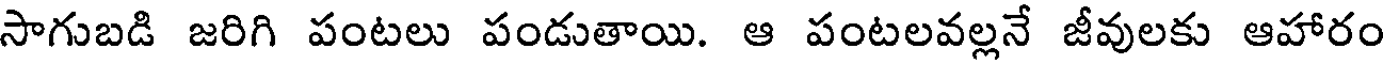
సాగుబడి జరిగి పంటలు పండుతాయి. ఆ పంటలవల్లనే జీవులకు ఆహారం